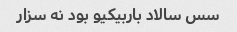
سس سالاد باربیکیو بود نه سزار